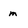
Character: m